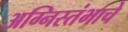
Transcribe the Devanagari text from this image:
अग्निस्तंभाचे